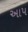
અાપ